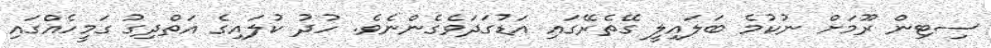
ސިޓިން ރޫމަށް ނުކުމެ ބަލައިލީ ގޭތެރޭގައި އަޑުގަދަވެގެންނެވެ. ހުދު ކުލައިގެ އަތްދިގު ގަމީހެއްގައި